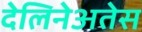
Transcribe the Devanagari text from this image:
देलिनेअतेस